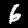
Digit: 6